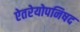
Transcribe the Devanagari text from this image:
ऐतरेयोपनिषद